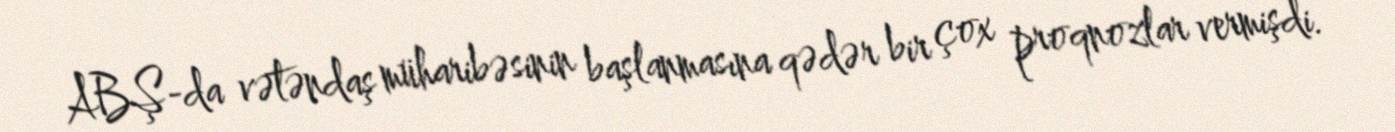
ABŞ-da vətəndaş müharibəsinin başlanmasına qədər bir çox proqnozlar vermişdi.